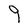
Character: 9